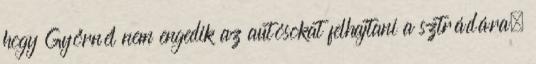
hogy Győrnél nem engedik az autósokat felhajtani a sztrádára.